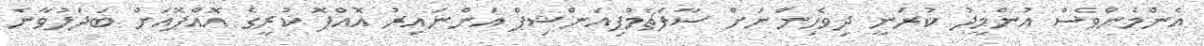
އެންމެންވެސް އުންމީދު ކުރަނީ ދިވެހިންނަށް ސާފްޗެމްޕިއަންޝިޕް އަންނައިރު އޮއްޕޮ ކުރީގެ އޮއްޕޮއަށް ބަދަލުވާނެ